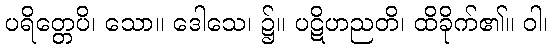
ပရိတ္တေပိ၊ သော။ ဒေါသေ၊ ၌။ ပဋိဟညတိ၊ ထိခိုက်၏။ ဝါ၊